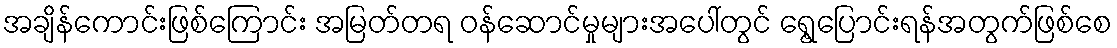
အချိန်ကောင်းဖြစ်ကြောင်း အမြတ်တရ ဝန်ဆောင်မှုများအပေါ်တွင် ရွေ့ပြောင်းရန်အတွက်ဖြစ်စေ